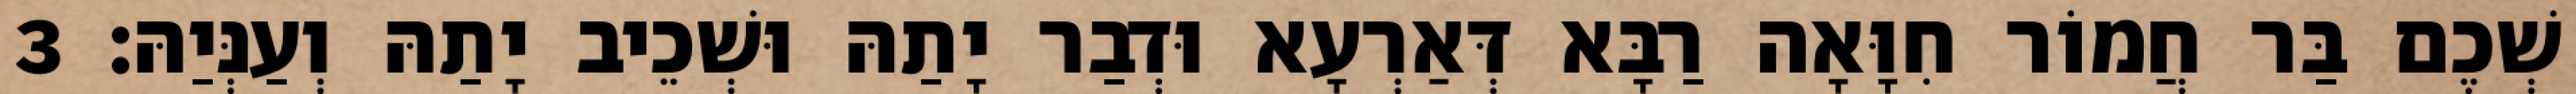
שְׁכֶם בַּר חֲמוֹר חִוָּאָה רַבָּא דְּאַרְעָא וּדְבַר יָתַהּ וּשְׁכֵיב יָתַהּ וְעַנְּיַהּ׃ 3